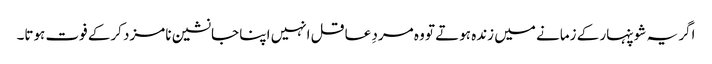
اگر یہ شوپنہار کے زمانے میں زندہ ہوتے تو وہ مردِ عاقل انہیں اپنا جانشین نامزد کرکے فوت ہوتا۔